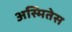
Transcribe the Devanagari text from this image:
अस्मितेस